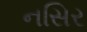
નસિર